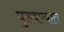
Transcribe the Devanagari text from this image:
घुसवण्यात